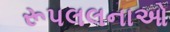
રૂપલલનાઓ